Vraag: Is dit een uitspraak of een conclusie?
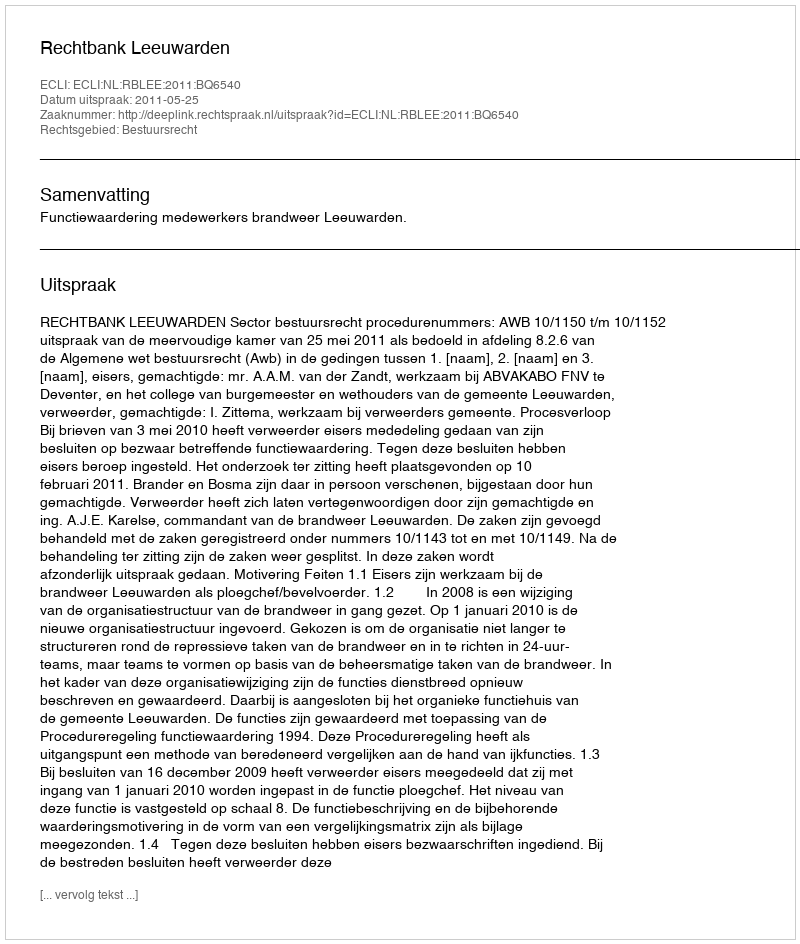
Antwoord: Uitspraak